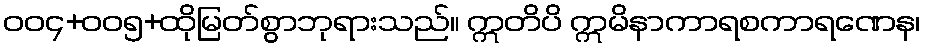
ဝဝ၄+ဝဝ၅+ထိုမြတ်စွာဘုရားသည်။ ဣတိပိ ဣမိနာကာရစကာရဏေန၊